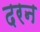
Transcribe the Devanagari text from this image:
दरन